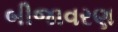
બીજાવરણ